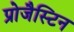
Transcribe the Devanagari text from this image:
प्रोजैस्टिन